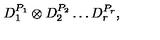
D _ { 1 } ^ { P _ { 1 } } \otimes D _ { 2 } ^ { P _ { 2 } } \ldots D _ { r } ^ { P _ { r } } ,